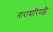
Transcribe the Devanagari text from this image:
नारावारिपल्ली